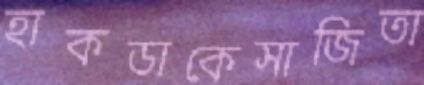
হাকডাকেসাজিতা